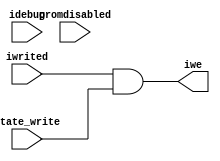
// ICTL --- I RAM CONTROL
//
// ---!!! Add description.
//
// History:
//
//   (20YY-MM-DD HH:mm:ss BRAD) Converted to Verilog.
//	???: Nets added.
//	???: Nets removed.
//   (1978-02-07 05:36:00 TK) Initial.

`timescale 1ns/1ps
`default_nettype none

module ICTL(/*AUTOARG*/
   // Outputs
   iwe,
   // Inputs
   state_write, idebug, iwrited, promdisabled
   );

   input state_write;

   input idebug;
   input iwrited;
   input promdisabled;
   output iwe;

   ////////////////////////////////////////////////////////////////////////////////

   wire ramdisable;

   ////////////////////////////////////////////////////////////////////////////////

   assign ramdisable = idebug | ~(promdisabled | iwrited);
   assign iwe = iwrited & state_write;

endmodule

`default_nettype wire

// Local Variables:
// verilog-library-directories: ("../..")
// End: